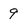
Character: 9